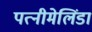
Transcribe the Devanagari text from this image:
पत्नीमेलिंडा